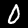
Label: 0